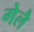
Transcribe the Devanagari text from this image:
गेलै